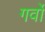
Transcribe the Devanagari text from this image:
गर्वो